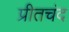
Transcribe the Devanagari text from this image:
प्रीतचंद